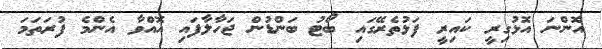
އޮންނަ އޮޅުގިރީ ކައިރީ ފަޅުތެރޭގައި ބޯޓު ބަންޑުން ޖަހާލާފައި އޮއްވާ އެންމެ ފުރަތަމަ